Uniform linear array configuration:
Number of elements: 32
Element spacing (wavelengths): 1
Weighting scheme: cosine
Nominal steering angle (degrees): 45
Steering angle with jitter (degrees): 45.518
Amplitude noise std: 0.05
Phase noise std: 0.05

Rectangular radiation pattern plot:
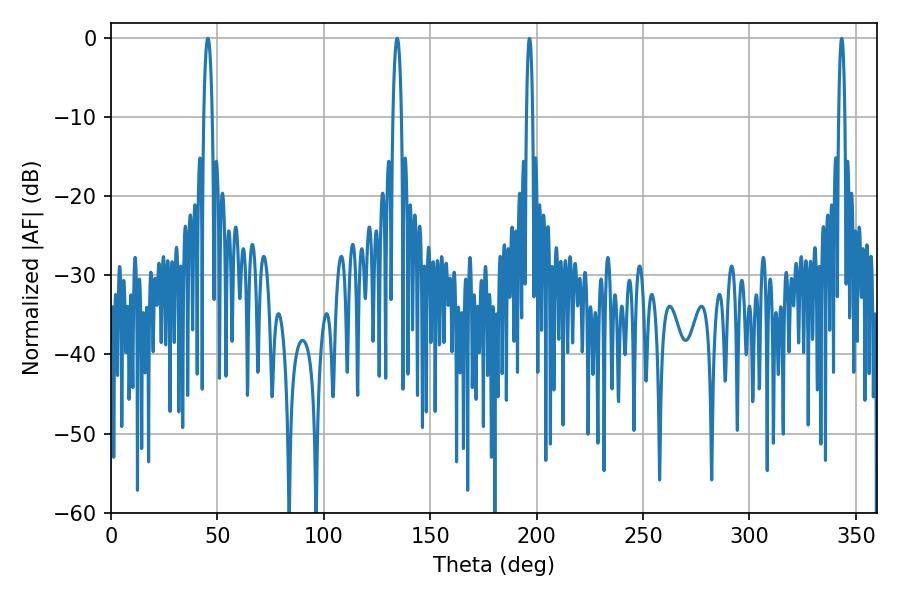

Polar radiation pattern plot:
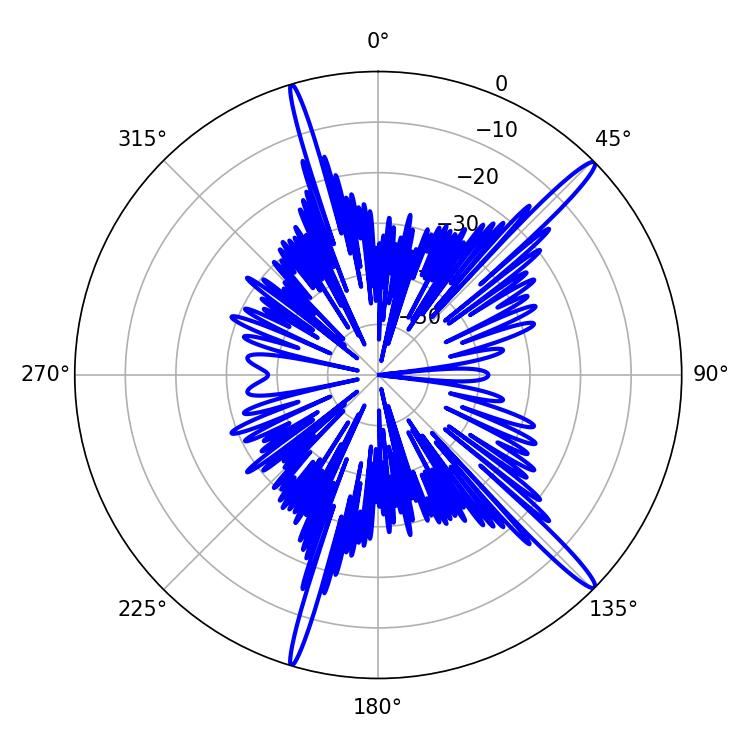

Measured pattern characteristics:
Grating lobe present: TRUE
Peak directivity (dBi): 16.467
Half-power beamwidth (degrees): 2.16
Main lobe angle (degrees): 45.54